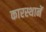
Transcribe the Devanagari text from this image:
कारस्थानें